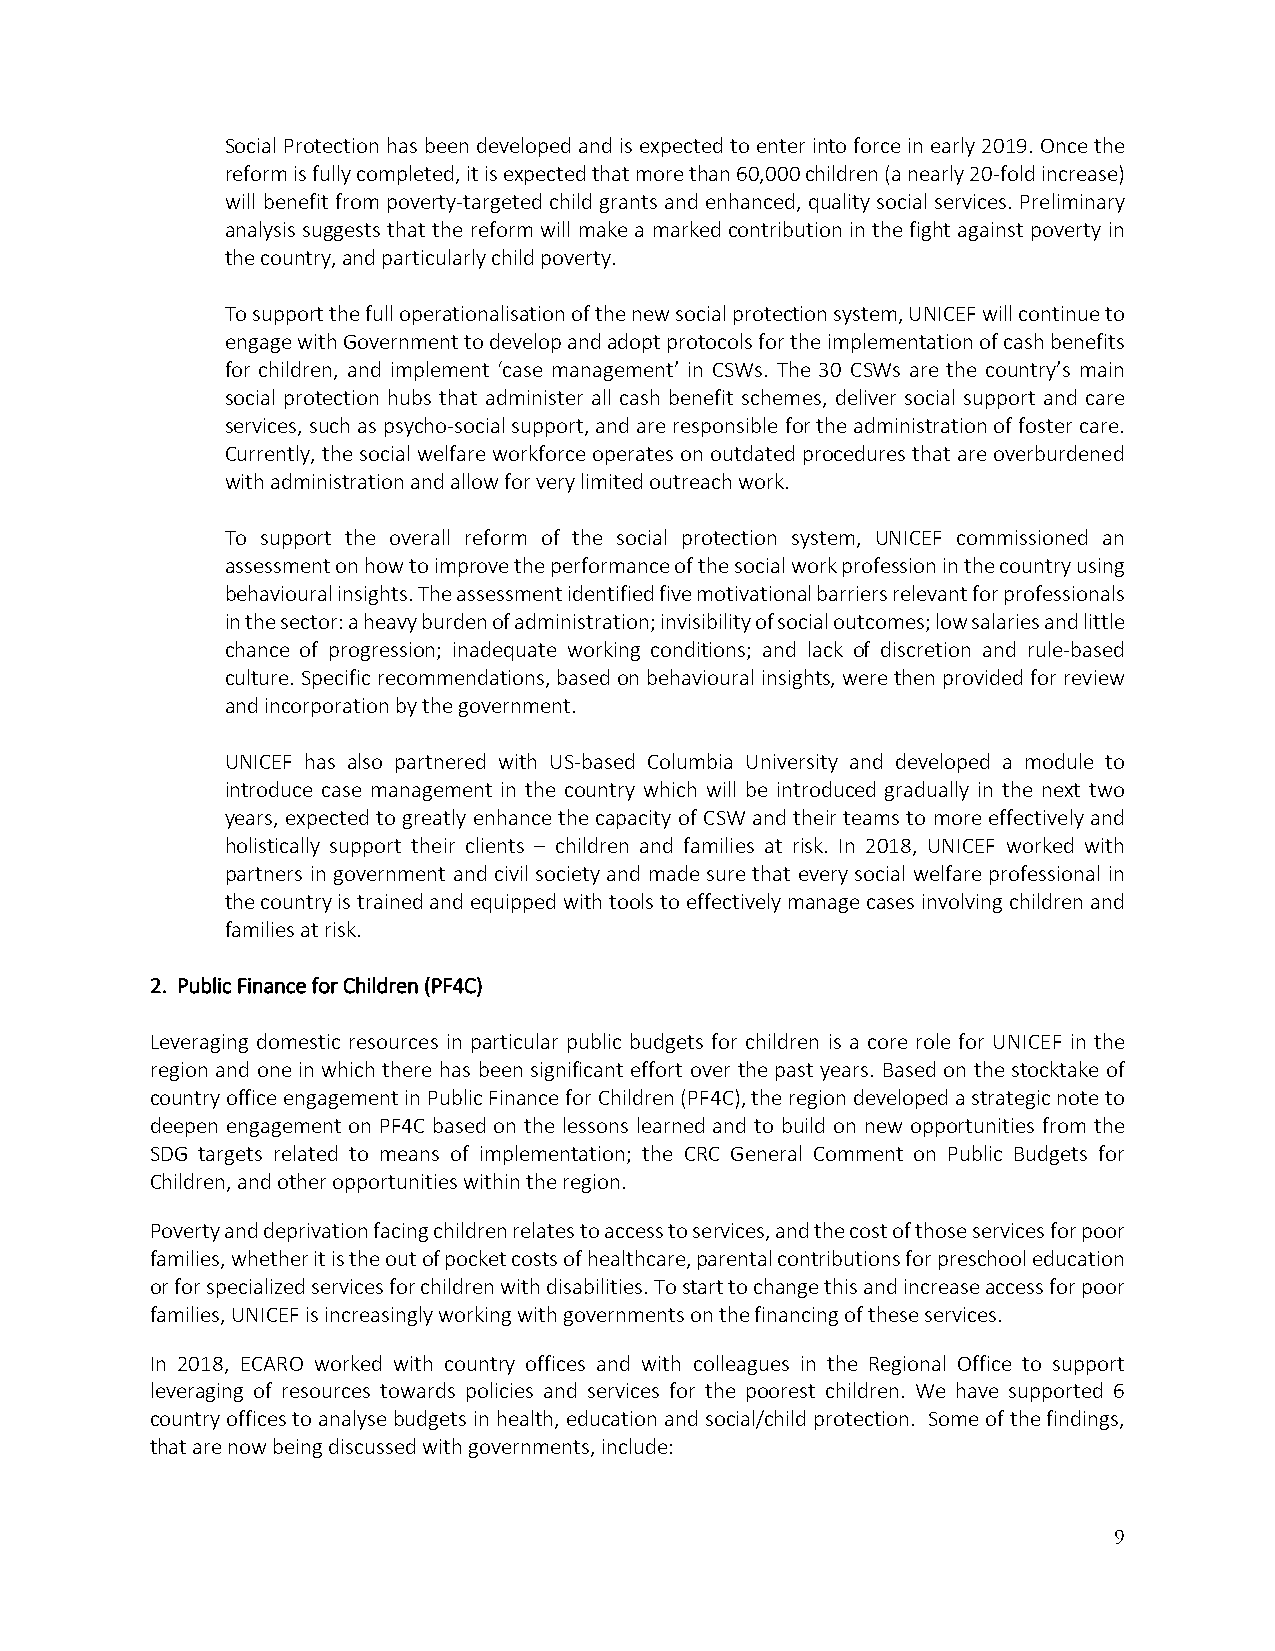
Social Protection has been developed and is expected to enter into force in early 2019. Once the
 reform is fully completed, it is expected that more than 60,000 children (a nearly 20‐fold increase)
 will benefit from poverty‐targeted child grants and enhanced, quality social services. Preliminary
 analysis suggests that the reform will make a marked contribution in the fight against poverty in
 the country, and particularly child poverty.
 To support the full operationalisation of the new social protection system, UNICEF will continue to
 engage with Government to develop and adopt protocols for the implementation of cash benefits
 for children, and implement ‘case management’ in CSWs. The 30 CSWs are the country’s main
 social protection hubs that administer all cash benefit schemes, deliver social support and care
 services, such as psycho‐social support, and are responsible for the administration of foster care.
 Currently, the social welfare workforce operates on outdated procedures that are overburdened
 with administration and allow for very limited outreach work.
 To support the overall reform of the social protection system, UNICEF commissioned an
 assessment on how to improve the performance of the social work profession in the country using
 behavioural insights. The assessment identified five motivational barriers relevant for professionals
 in the sector: a heavy burden of administration; invisibility of social outcomes; low salaries and little
 chance of progression; inadequate working conditions; and lack of discretion and rule‐based
 culture. Specific recommendations, based on behavioural insights, were then provided for review
 and incorporation by the government.
 UNICEF has also partnered with US‐based Columbia University and developed a module to
 introduce case management in the country which will be introduced gradually in the next two
 years, expected to greatly enhance the capacity of CSW and their teams to more effectively and
 holistically support their clients – children and families at risk. In 2018, UNICEF worked with
 partners in government and civil society and made sure that every social welfare professional in
 the country is trained and equipped with tools to effectively manage cases involving children and
 families at risk.
 2. Public Finance for Children (PF4C)
 Leveraging domestic resources in particular public budgets for children is a core role for UNICEF in the
 region and one in which there has been significant effort over the past years. Based on the stocktake of
 country office engagement in Public Finance for Children (PF4C), the region developed a strategic note to
 deepen engagement on PF4C based on the lessons learned and to build on new opportunities from the
 SDG targets related to means of implementation; the CRC General Comment on Public Budgets for
 Children, and other opportunities within the region.
 Poverty and deprivation facing children relates to access to services, and the cost of those services for poor
 families, whether it is the out of pocket costs of healthcare, parental contributions for preschool education
 or for specialized services for children with disabilities. To start to change this and increase access for poor
 families, UNICEF is increasingly working with governments on the financing of these services.
 In 2018, ECARO worked with country offices and with colleagues in the Regional Office to support
 leveraging of resources towards policies and services for the poorest children. We have supported 6
 country offices to analyse budgets in health, education and social/child protection. Some of the findings,
 that are now being discussed with governments, include:
 9